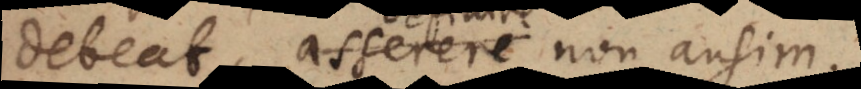
debeat, asserere non ausim.